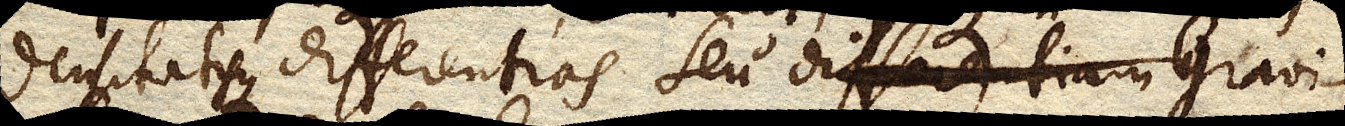
densitatisque differentias seu differentiam Gravi–